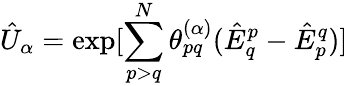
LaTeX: \hat{U}_{\alpha}=\exp[\sum_{p>q}^{N}\theta_{pq}^{(\alpha)}(\hat{E}_{q}^{p}-\hat{E}_{p}^{q})]